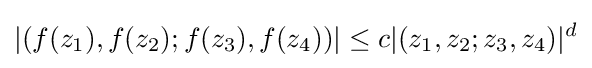
|(f(z_{1}),f(z_{2});f(z_{3}),f(z_{4}))|\leq c|(z_{1},z_{2};z_{3},z_{4})|^{d}